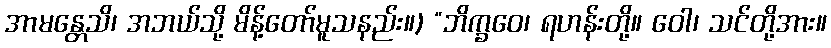
အာမန္တေသိ၊ အဘယ်သို့ မိန့်တော်မူသနည်း။) “ဘိက္ခဝေ၊ ရဟန်းတို့။ ဝေါ၊ သင်တို့အား။